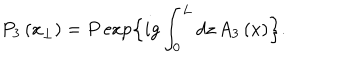
P _ { 3 } \left( x _ { \perp } \right) = P \exp \Bigl \{ i g \int _ { 0 } ^ { L } d z \, A _ { 3 } \left( x \right) \Bigr \} .